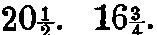
20½. 16¾.